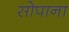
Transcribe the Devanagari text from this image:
सोपाना